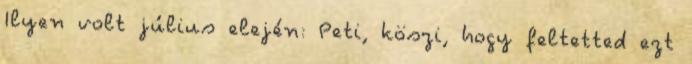
Ilyen volt július elején: Peti, köszi, hogy feltetted ezt